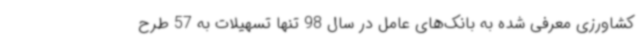
کشاورزی معرفی شده به بانک‌های عامل در سال 98 تنها تسهیلات به 57 طرح